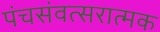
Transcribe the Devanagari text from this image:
पंचसंवत्सरात्मक